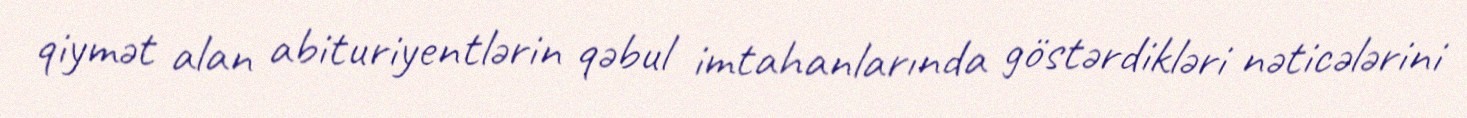
qiymət alan abituriyentlərin qəbul imtahanlarında göstərdikləri nəticələrini